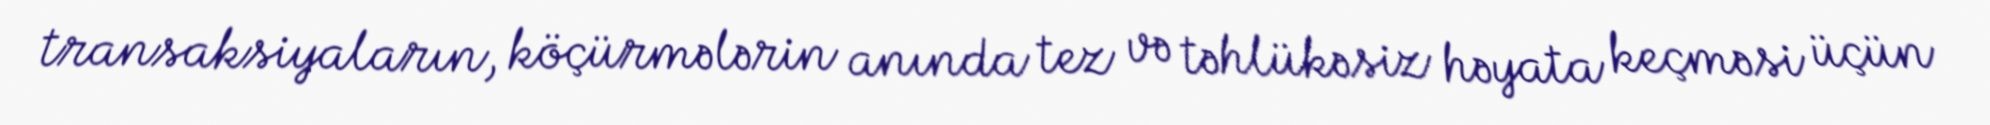
transaksiyaların, köçürmələrin anında tez və təhlükəsiz həyata keçməsi üçün